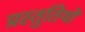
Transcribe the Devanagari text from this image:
प्रस्‍तुतियों